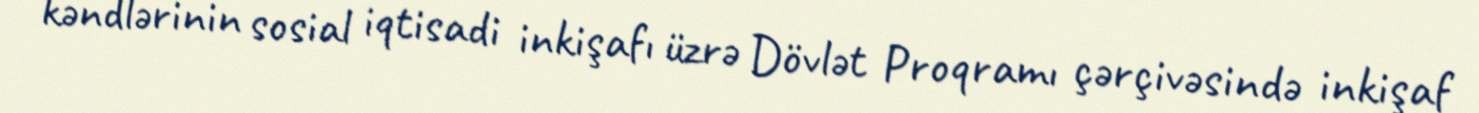
kəndlərinin sosial iqtisadi inkişafı üzrə Dövlət Proqramı çərçivəsində inkişaf